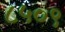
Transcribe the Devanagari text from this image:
८५०९